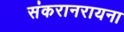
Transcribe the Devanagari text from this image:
संकरानरायना